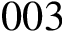
0 0 3